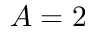
A = 2